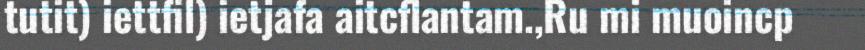
tutit) iettfil) ietjafa aitcflantam.,Ru mi muoincp